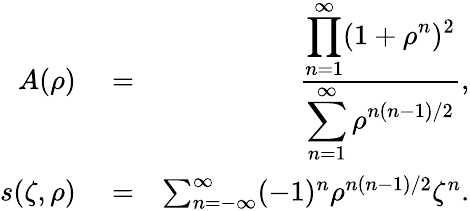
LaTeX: \begin{array}{rlr}{A(\rho)}&{{}=}&{\frac{\displaystyle\prod_{n=1}^{\infty}(1+\rho^{n})^{2}}{\displaystyle\sum_{n=1}^{\infty}\rho^{n(n-1)/2}},}\\ {s(\zeta,\rho)}&{{}=}&{\sum_{n=-\infty}^{\infty}(-1)^{n}\rho^{n(n-1)/2}\zeta^{n}.}\end{array}